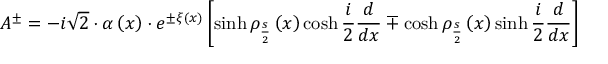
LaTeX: A ^ { \pm } = - i \sqrt { 2 } \cdot \alpha \left( x \right) \cdot e ^ { \pm \xi \left( x \right) } \left[ \sinh \rho _ { \frac { s } { 2 } } \left( x \right) \cosh \frac { i } { 2 } \frac { d } { d x } \mp \cosh \rho _ { \frac { s } { 2 } } \left( x \right) \sinh \frac { i } { 2 } \frac { d } { d x } \right]